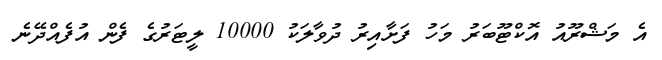
އެ މަޝްރޫއު އޮކްޓޫބަރު މަހު ފަށާއިރު ދުވާލަކު 10000 ލީޓަރުގެ ފެން އުފެއްދޭނެ